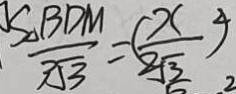
\frac { S _ { \Delta } B D M } { 3 \sqrt { 3 } } = ( \frac { x } { 2 \sqrt { 3 } } ) ^ { 2 }